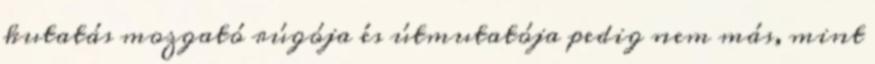
kutatás mozgató rúgója és útmutatója pedig nem más, mint